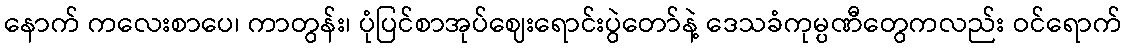
နောက် ကလေးစာပေ၊ ကာတွန်း၊ ပုံပြင်စာအုပ်ဈေးရောင်းပွဲတော်နဲ့ ဒေသခံကုမ္ပဏီတွေကလည်း ဝင်ရောက်